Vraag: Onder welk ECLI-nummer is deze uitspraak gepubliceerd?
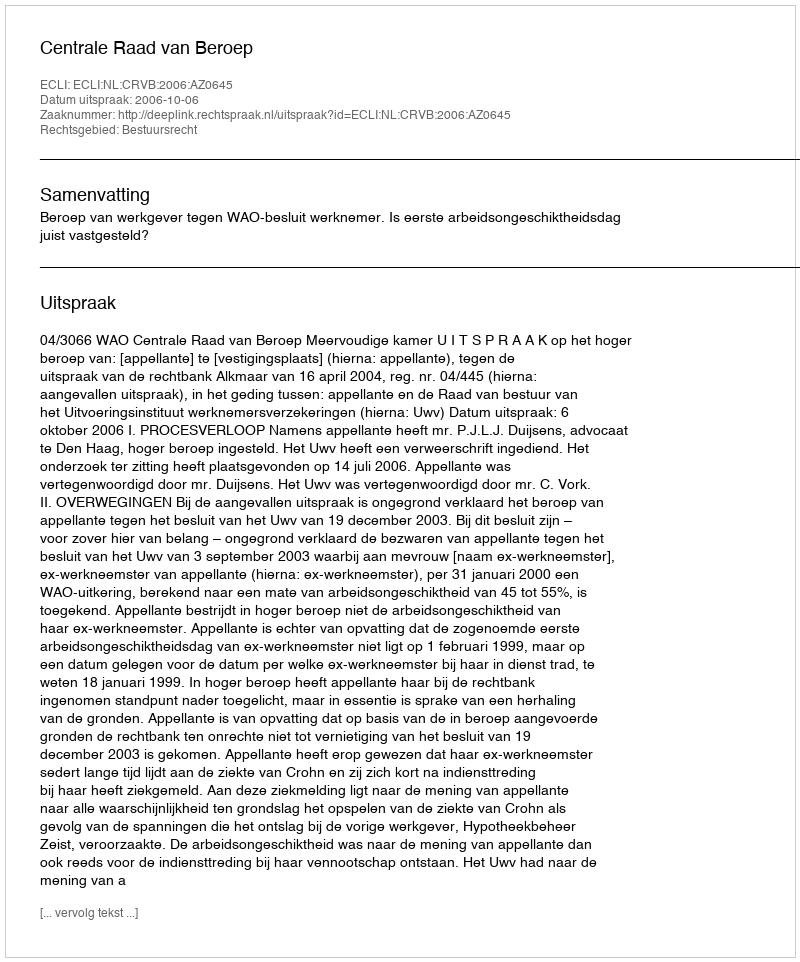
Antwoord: ECLI:NL:CRVB:2006:AZ0645